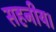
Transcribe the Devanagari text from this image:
सहनीय।